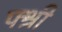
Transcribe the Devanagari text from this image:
फ्श्री